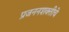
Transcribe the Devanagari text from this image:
प्रजननशक्तीचे